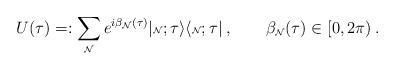
LaTeX: \begin{align*}U(\tau)=:\sum_{\mbox{\tiny${\cal N}$}} e^{i\beta_{\mbox{\tiny${\cal N}$}}(\tau)}|{\mbox{\tiny${\cal N}$}};\tau\rangle\langle{\mbox{\tiny${\cal N}$}};\tau|\:, ~~~~~~\beta_{\mbox{\tiny${\cal N}$}}(\tau)\in[0,2\pi)\:.\end{align*}